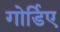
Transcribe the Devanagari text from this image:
गोर्डिए